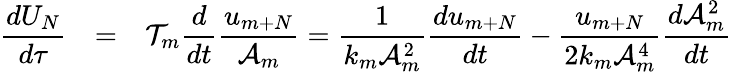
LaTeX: \begin{array}{rcl}{\displaystyle\frac{dU_{N}}{d\tau}}&{=}&{\displaystyle\mathcal{T}_{m}\frac{d}{dt}\frac{u_{m+N}}{\mathcal{A}_{m}}=\frac{1}{k_{m}\mathcal{A}_{m}^{2}}\frac{du_{m+N}}{dt}-\frac{u_{m+N}}{2k_{m}\mathcal{A}_{m}^{4}}\frac{d\mathcal{A}_{m}^{2}}{dt}}\end{array}